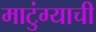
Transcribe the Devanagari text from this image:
माटुंग्याची